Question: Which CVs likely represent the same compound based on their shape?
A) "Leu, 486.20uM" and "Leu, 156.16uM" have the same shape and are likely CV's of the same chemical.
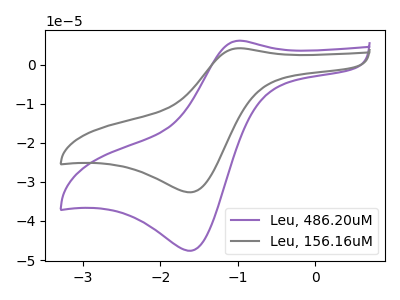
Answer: <think>The purple curve "Leu, 486.20uM" has an anodic peak at (-1.00V, 6.15uA) and a cathodic peak at (-1.60V, -47.60uA). The gray curve "Leu, 156.16uM" has an anodic peak at (-1.00V, 4.20uA) and a cathodic peak at (-1.60V, -32.65uA).
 All the peaks in "Leu, 486.20uM" have a peak in "Leu, 156.16uM" at the same potential. Every peak in "Leu, 486.20uM" is higher than every peak in "Leu, 156.16uM".</think>
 <answer>A) "Leu, 486.20uM" and "Leu, 156.16uM" have the same shape and are likely CV's of the same chemical.</answer>
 <eval>A</eval>